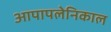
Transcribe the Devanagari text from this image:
आपापलेनिकाल